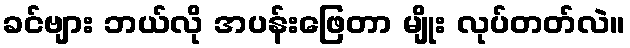
ခင်ဗျား ဘယ်လို အပန်းဖြေတာ မျိုး လုပ်တတ်လဲ။